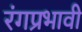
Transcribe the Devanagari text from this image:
रंगप्रभावी